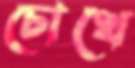
চোখে